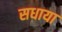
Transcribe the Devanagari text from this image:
सधाया